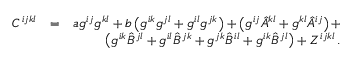
\begin{array} { r l r } { C ^ { i j k l } } & { = } & { a g ^ { i j } g ^ { k l } + b \left( g ^ { i k } g ^ { j l } + g ^ { i l } g ^ { j k } \right) + \left( g ^ { i j } { \hat { A } } ^ { k l } + g ^ { k l } { \hat { A } } ^ { i j } \right) + } \\ & { } & { \left( g ^ { i k } { \hat { B } } ^ { j l } + g ^ { i l } { \hat { B } } ^ { j k } + g ^ { j k } { \hat { B } } ^ { i l } + g ^ { i k } { \hat { B } } ^ { j l } \right) + Z ^ { i j k l } \, . } \end{array}